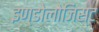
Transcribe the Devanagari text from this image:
इण्डोलोजिस्ट